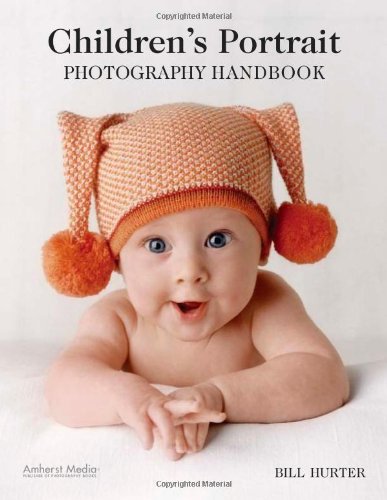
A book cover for Children's Portrait Photography Handbook; Bill Hurter; Arts & Photography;